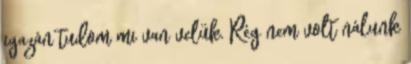
igazán tudom mi van velük. Rég nem volt nálunk